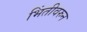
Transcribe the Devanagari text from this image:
भिंतीवरुन